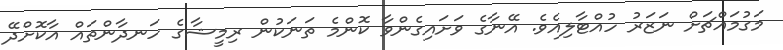
މަގުމައްޗަށް ނަޒަރު ހުއްޓާލިއެވެ. އޭނާގެ ވަށައިގެންވާ ކޮންމެ ތަނަކުން ރިމީޝާގެ ހަނދާންތައް އާކޮށްދޭ